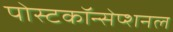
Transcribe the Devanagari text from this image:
पोस्टकॉन्सेप्शनल